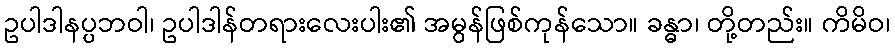
ဥပါဒါနပ္ပဘဝါ၊ ဥပါဒါန်တရားလေးပါး၏ အမွန်ဖြစ်ကုန်သော။ ခန္ဓာ၊ တို့တည်း။ ကိမိဝ၊